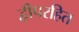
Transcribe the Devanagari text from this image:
द्वीपरहित